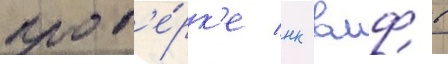
пров'е́рк'е нк вмф в